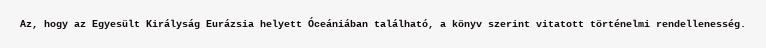
Az, hogy az Egyesült Királyság Eurázsia helyett Óceániában található, a könyv szerint vitatott történelmi rendellenesség.